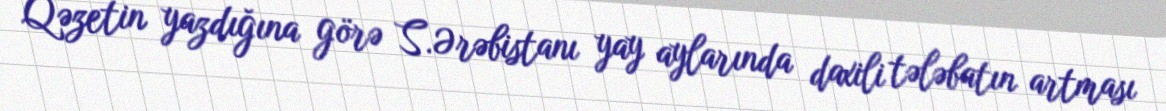
Qəzetin yazdığına görə S.Ərəbistanı yay aylarında daxili tələbatın artması